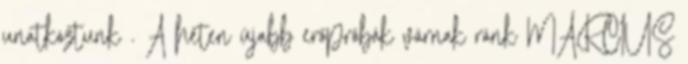
unatkoztunk . A héten újabb erőpróbák várnak ránk MÁRCIUS